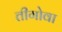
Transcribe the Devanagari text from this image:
तीगोवा